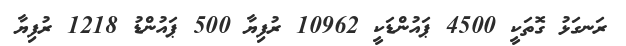
ރަނގަޅު ގޮތަކީ 4500 ޕައުންޑަކީ 10962 ރުފިޔާ 500 ޕައުންޑު 1218 ރުފިޔާ